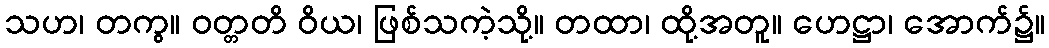
သဟ၊ တကွ။ ဝတ္တတိ ဝိယ၊ ဖြစ်သကဲ့သို့။ တထာ၊ ထို့အတူ။ ဟေဋ္ဌာ၊ အောက်၌။